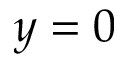
y = 0